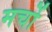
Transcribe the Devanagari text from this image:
मर्चो